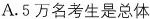
A.5万名考生是总体